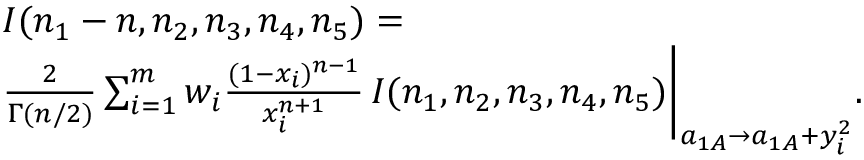
\begin{array} { r l } & { I ( n _ { 1 } - n , n _ { 2 } , n _ { 3 } , n _ { 4 } , n _ { 5 } ) = } \\ & { \frac { 2 } { \Gamma ( n / 2 ) } \sum _ { i = 1 } ^ { m } w _ { i } \frac { ( 1 - x _ { i } ) ^ { n - 1 } } { x _ { i } ^ { n + 1 } } \, I ( n _ { 1 } , n _ { 2 } , n _ { 3 } , n _ { 4 } , n _ { 5 } ) \bigg | _ { a _ { 1 A } \rightarrow a _ { 1 A } + y _ { i } ^ { 2 } } . } \end{array}